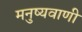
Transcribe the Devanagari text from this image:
मनुष्यवाणी